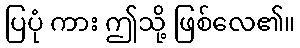
ပြပုံ ကား ဤသို့ ဖြစ်လေ၏။